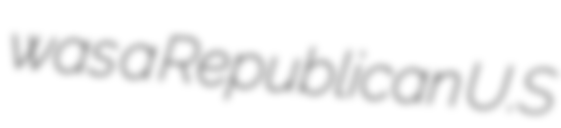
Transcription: was a Republican U.S